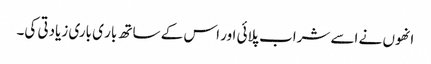
انھوں نے اسے شراب پلائی اور اس کے ساتھ بار ی باری زیادتی کی۔